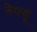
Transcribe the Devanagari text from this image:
नेफ्यू